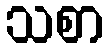
သစာ